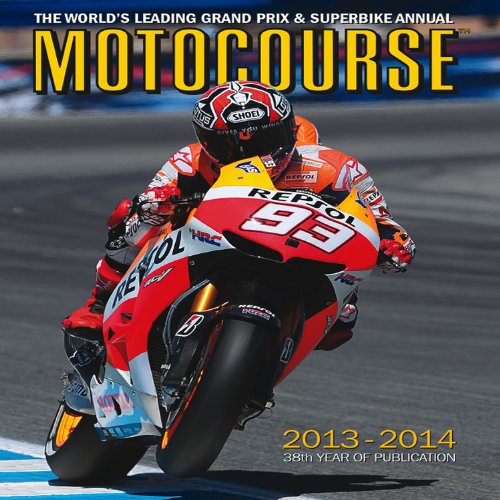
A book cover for Motocourse 2013-2014: The World's Leading Grand Prix & Superbike Annual; Sports & Outdoors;